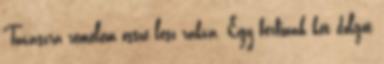
Tavaszra remélem össze lesz rakva. Egy férfinak két dolgot